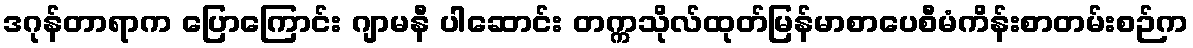
ဒဂုန်တာရာက ပြောကြောင်း ဂျာမနီ ပါဆောင်း တက္ကသိုလ်ထုတ်မြန်မာစာပေစီမံကိန်းစာတမ်းစဉ်က